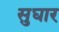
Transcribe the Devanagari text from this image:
सुघार